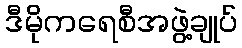
ဒီမိုကရေစီအဖွဲ့ချုပ်